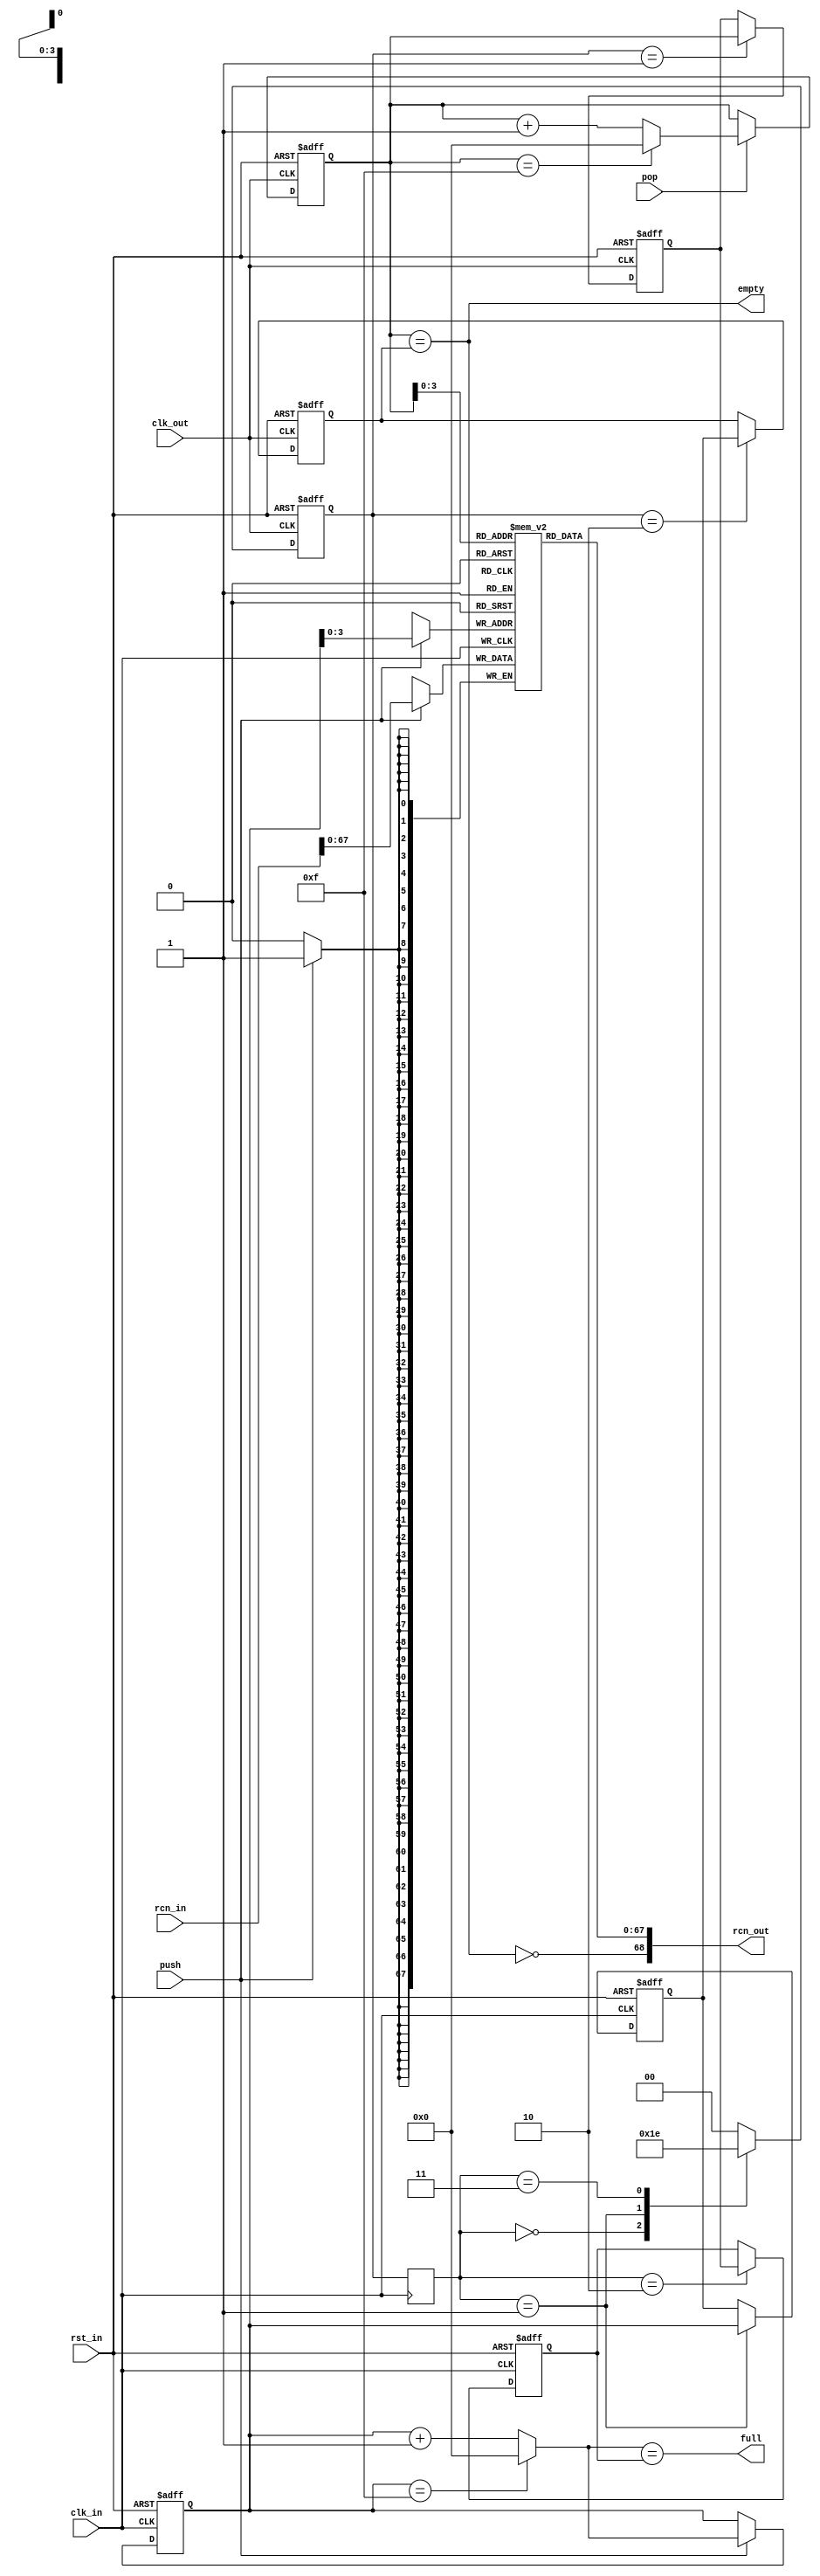
/* SPDX-License-Identifier: MIT */
/* (c) Copyright 2018 David M. Koltak, all rights reserved. */

/*
 * rcn transaction asynchronous fifo.
 *
 */

module rcn_fifo_async
(
    input rst_in,
    input clk_in,
    input clk_out,

    input [68:0] rcn_in,
    input push,
    output full,

    output [68:0] rcn_out,
    input pop,
    output empty
);
    parameter DEPTH = 16; // max 64 (can hold DEPTH-1 before full)

    reg [1:0] cross_in;
    reg [5:0] head_in;
    reg [5:0] head_snapshot;
    reg [5:0] tail_in;

    reg [1:0] cross_out;
    reg [5:0] head_out;
    reg [5:0] tail_out;
    reg [5:0] tail_snapshot;

    always @ (posedge clk_in)
        cross_in <= cross_out;

    always @ (posedge clk_out or posedge rst_in)
        if (rst_in)
            cross_out <= 2'b00;
        else
            case (cross_in)
            2'b00: cross_out <= 2'b01;
            2'b01: cross_out <= 2'b11;
            2'b11: cross_out <= 2'b10;
            default: cross_out <= 2'b00;
            endcase

    wire [5:0] head_in_next = (head_in == (DEPTH - 1)) ? 6'd0 : head_in + 6'd1;
    wire fifo_full = (head_in_next == tail_in);

    always @ (posedge clk_in or posedge rst_in)
        if (rst_in)
        begin
            head_in <= 6'd0;
            head_snapshot <= 6'd0;
            tail_in <= 6'd0;
        end
        else
        begin
            if (push)
                head_in <= head_in_next;

            case (cross_in)
            2'b01: head_snapshot <= head_in;
            2'b10: tail_in <= tail_snapshot;
            endcase
        end

    wire [5:0] tail_out_next = (tail_out == (DEPTH - 1)) ? 6'd0 : tail_out + 6'd1;
    wire fifo_empty = (tail_out == head_out);

    always @ (posedge clk_out or posedge rst_in)
        if (rst_in)
        begin
            head_out <= 6'd0;
            tail_out <= 6'd0;
            tail_snapshot <= 6'd0;
        end
        else
        begin
            if (pop)
                tail_out <= tail_out_next;

            case (cross_out)
            2'b01: tail_snapshot <= tail_out;
            2'b10: head_out <= head_snapshot;
            endcase
        end

    reg [67:0] fifo[(DEPTH - 1):0];

    always @ (posedge clk_in)
        if (push)
            fifo[head_in] <= rcn_in[67:0];

    assign full = fifo_full;
    assign empty = fifo_empty;

    assign rcn_out = {!fifo_empty, fifo[tail_out]};

endmodule